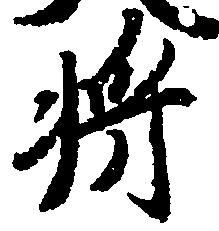
将